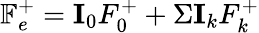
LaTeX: \mathbb{F}_{e}^{+}=\textbf{I}_{0}F_{0}^{+}+\Sigma\textbf{I}_{k}F_{k}^{+}